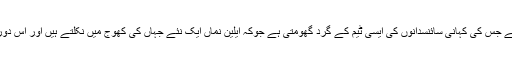
واں برس ہٹ ہونے والی دوسری ڈراونی فلم اینی ہیلیشن ہے جس کی کہانی سائنسدانوں کی ایسی ٹیم کے گرد گھومتی ہے جوکہ ایلین نماں ایک نئے جہاں کی کھوج میں نکلتے ہیں اور اس دوران ان کو انتہائی خونخوار واقعات کا سامنا کرنا پڑتا ہے۔